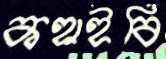
কহাইবি